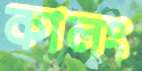
কালং